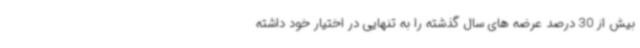
بیش از 30 درصد عرضه های سال گذشته را به تنهایی در اختیار خود داشته